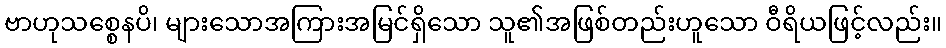
ဗာဟုသစ္စေနပိ၊ များသောအကြားအမြင်ရှိသော သူ၏အဖြစ်တည်းဟူသော ဝီရိယဖြင့်လည်း။